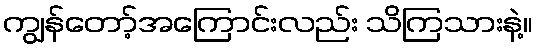
ကျွန်တော့်အကြောင်းလည်း သိကြသားနဲ့။